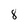
Character: 8